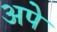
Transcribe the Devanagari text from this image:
अपे